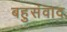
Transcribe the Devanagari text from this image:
बहुसंवाद